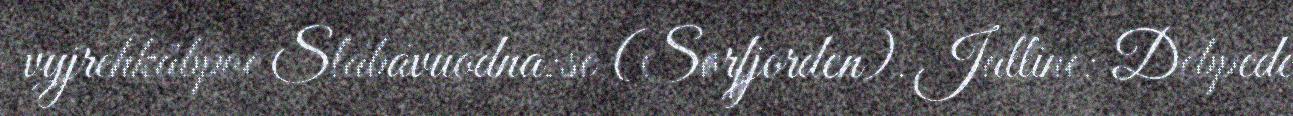
vyjrehkåbpoe Slábávuodna:se (Sørfjorden). Jalline: Debpede